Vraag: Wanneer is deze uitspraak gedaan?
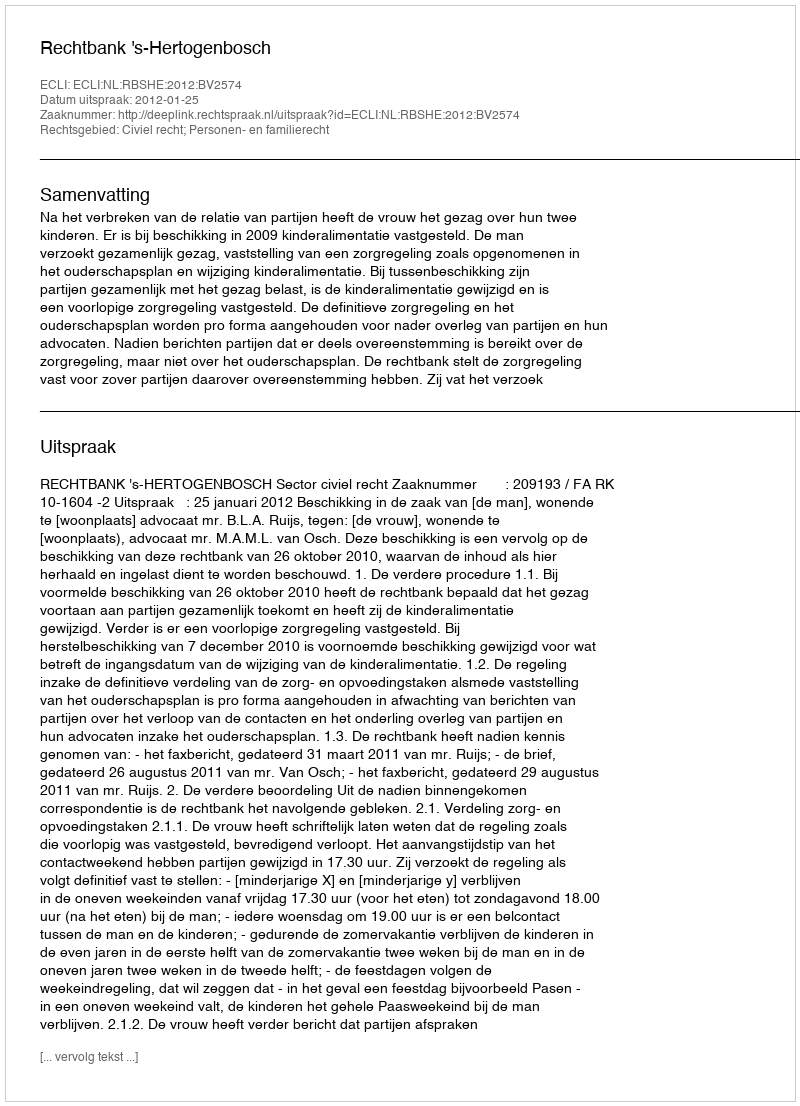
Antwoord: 2012-01-25